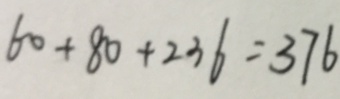
6 0 + 8 0 + 2 3 6 = 3 7 6